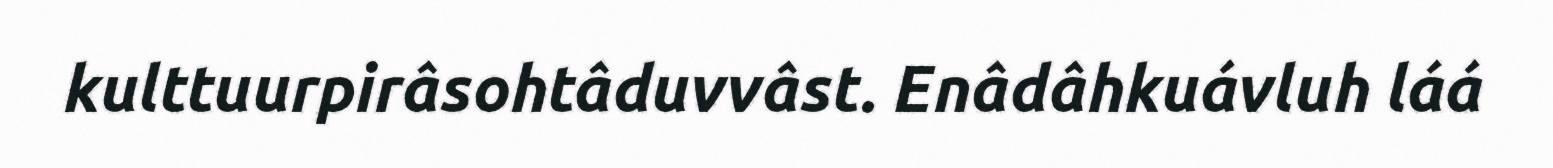
kulttuurpirâsohtâduvvâst. Enâdâhkuávluh láá